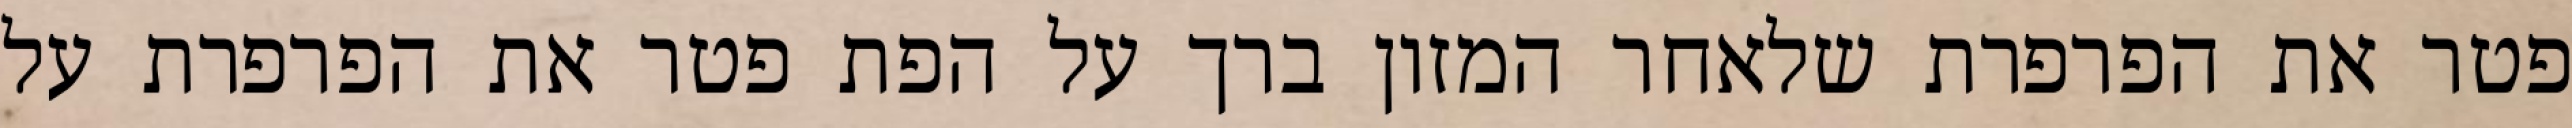
פטר את הפרפרת שלאחר המזון ברך על הפת פטר את הפרפרת על